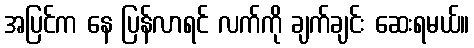
အပြင်က နေ ပြန်လာရင် လက်ကို ချက်ချင်း ဆေးရမယ်။